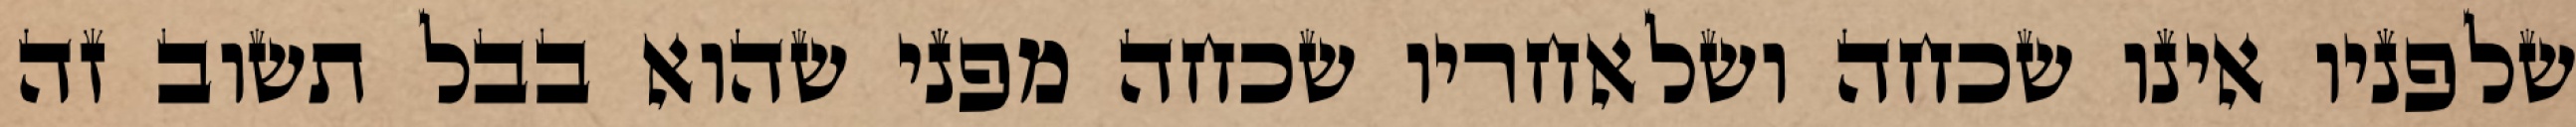
שלפניו אינו שכחה ושלאחריו שכחה מפני שהוא בבל תשוב זה